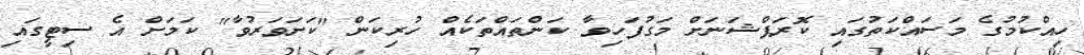
ހިއްކުމުގެ މަސައްކަތުގައި ކޮރަޕްޝަނަށް މަގުފަހިވާ ކަންތައްތަކެއް ހުރިކަން "ކަށަވަރުވާ" ކަމަށް އެ ސިޓީގައި